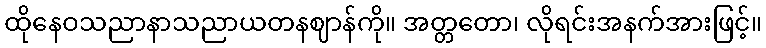
ထိုနေဝသညာနာသညာယတနဈာန်ကို။ အတ္တတော၊ လိုရင်းအနက်အားဖြင့်။